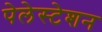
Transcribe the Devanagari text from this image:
पेलेस्टेशन